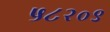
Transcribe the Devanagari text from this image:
५८२०९